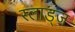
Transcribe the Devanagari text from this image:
स्लाड्ज